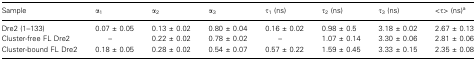
<table><thead><tr><td><b>Sample</b></td><td><b>α<sub>1</sub></b></td><td><b>α<sub>2</sub></b></td><td><b>α<sub>3</sub></b></td><td><b>τ<sub>1</sub> (ns)</b></td><td><b>τ<sub>2</sub> (ns)</b></td><td><b>τ<sub>3</sub> (ns)</b></td><td><b>&lt;τ&gt; (ns)a</b></td></tr></thead><tbody><tr><td>Dre2 (1–133)</td><td>0.07 ± 0.05</td><td>0.13 ± 0.02</td><td>0.80 ± 0.04</td><td>0.16 ± 0.02</td><td>0.98 ± 0.5</td><td>3.18 ± 0.02</td><td>2.67 ± 0.13</td></tr><tr><td>Cluster-free FL Dre2</td><td>–</td><td>0.22 ± 0.02</td><td>0.78 ± 0.02</td><td>–</td><td>1.07 ± 0.14</td><td>3.30 ± 0.06</td><td>2.81 ± 0.06</td></tr><tr><td>Cluster-bound FL Dre2</td><td>0.18 ± 0.05</td><td>0.28 ± 0.02</td><td>0.54 ± 0.07</td><td>0.57 ± 0.22</td><td>1.59 ± 0.45</td><td>3.33 ± 0.15</td><td>2.35 ± 0.08</td></tr></tbody></table>